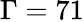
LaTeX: \Gamma=71